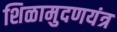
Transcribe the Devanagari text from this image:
शिळामुदणयंत्र